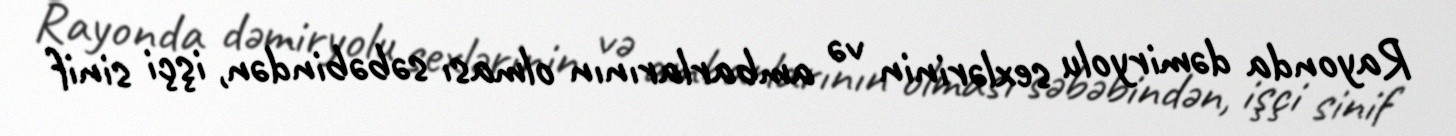
Rayonda dəmiryolu sexlərinin və ambarlarının olması səbəbindən, işçi sinif